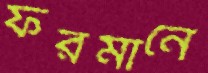
ফরমানে